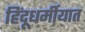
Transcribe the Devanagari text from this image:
हिंदूधर्मीयात